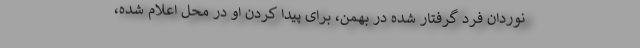
نوردان فرد گرفتار شده در بهمن، برای پیدا کردن او در محل اعلام شده،